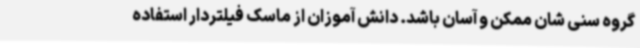
گروه سنی شان ممکن و آسان باشد. دانش آموزان از ماسک فیلتردار استفاده